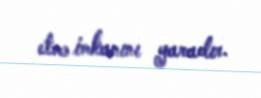
etmə imkanını yaradır.